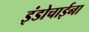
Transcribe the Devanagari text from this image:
इंडोचाईना